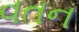
વતન